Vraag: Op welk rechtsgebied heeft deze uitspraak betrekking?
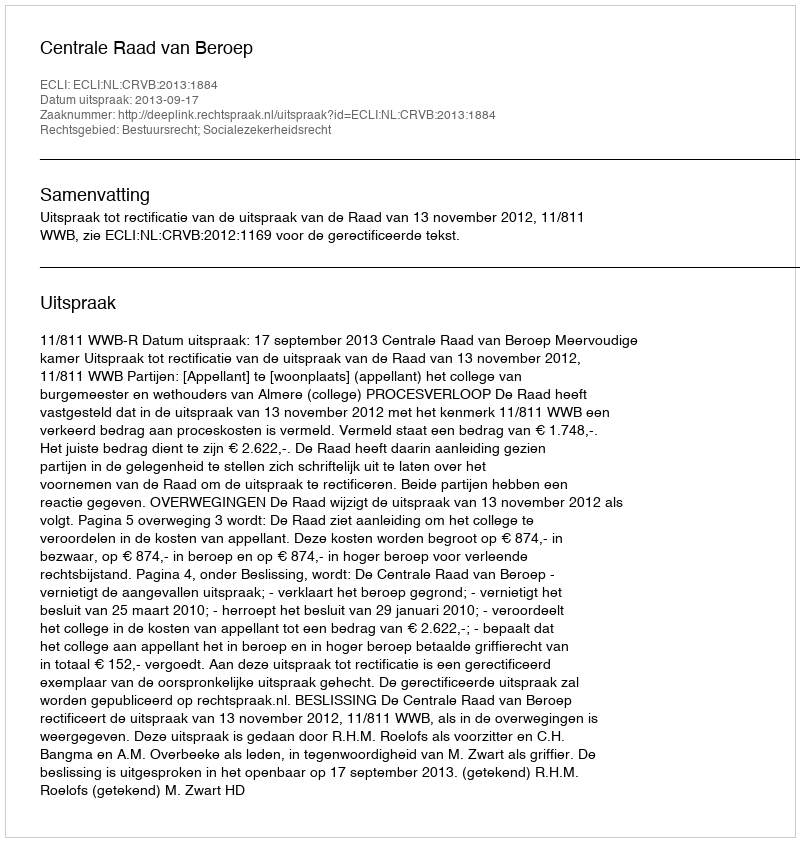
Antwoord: Bestuursrecht; Socialezekerheidsrecht